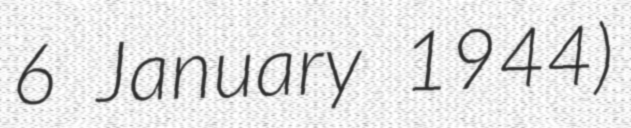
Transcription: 6 January 1944)